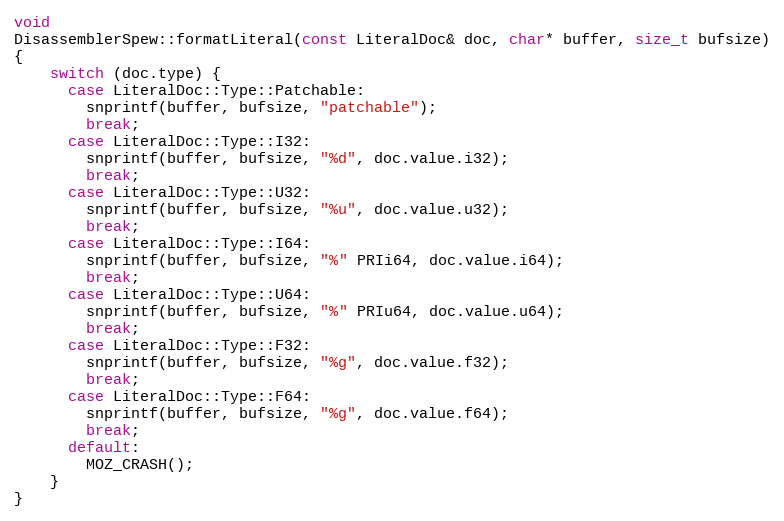
Language: C++
void
DisassemblerSpew::formatLiteral(const LiteralDoc& doc, char* buffer, size_t bufsize)
{
    switch (doc.type) {
      case LiteralDoc::Type::Patchable:
        snprintf(buffer, bufsize, "patchable");
        break;
      case LiteralDoc::Type::I32:
        snprintf(buffer, bufsize, "%d", doc.value.i32);
        break;
      case LiteralDoc::Type::U32:
        snprintf(buffer, bufsize, "%u", doc.value.u32);
        break;
      case LiteralDoc::Type::I64:
        snprintf(buffer, bufsize, "%" PRIi64, doc.value.i64);
        break;
      case LiteralDoc::Type::U64:
        snprintf(buffer, bufsize, "%" PRIu64, doc.value.u64);
        break;
      case LiteralDoc::Type::F32:
        snprintf(buffer, bufsize, "%g", doc.value.f32);
        break;
      case LiteralDoc::Type::F64:
        snprintf(buffer, bufsize, "%g", doc.value.f64);
        break;
      default:
        MOZ_CRASH();
    }
}